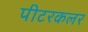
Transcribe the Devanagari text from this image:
पीटरकलर